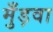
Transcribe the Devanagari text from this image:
मुँड़वा